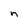
Character: n